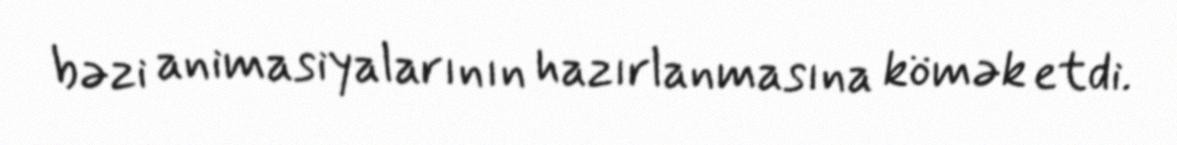
bəzi animasiyalarının hazırlanmasına kömək etdi.